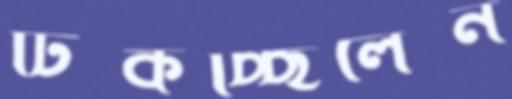
টিকচ্ছিলেন